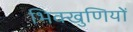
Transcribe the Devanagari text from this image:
भिक्खुणियों